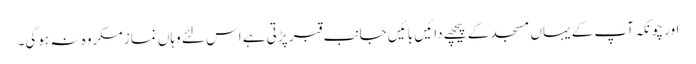
اور چونکہ آپ کے یہاں مسجد کے پیچھے دائیں بائیں جانب قبر پڑتی ہے اس لئے وہاں نماز مکروہ نہ ہوگی۔